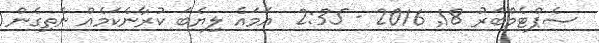
ސެޕްޓެމްބަރު 18